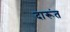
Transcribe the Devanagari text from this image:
दारूंत